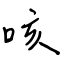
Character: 咳